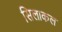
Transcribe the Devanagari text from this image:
सिलाकल